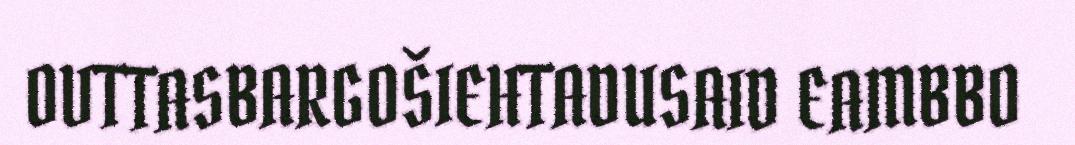
OVTTASBARGOŠIEHTADUSAID EAMBBO